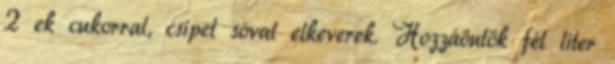
2 ek cukorral, csipet sóval elkeverek. Hozzáöntök fél liter